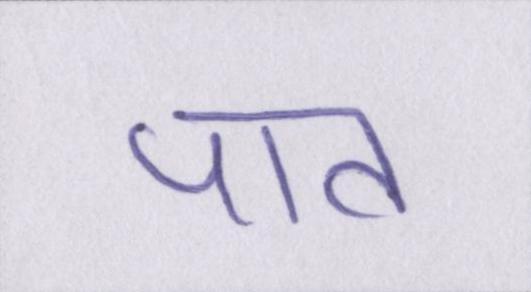
पात